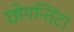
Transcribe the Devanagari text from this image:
छोयन्तिटा